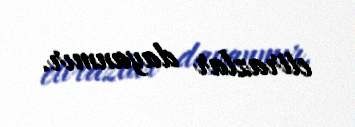
etirazlar dayanmır.